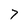
Character: 7